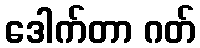
ဒေါက်တာ ဂတ်